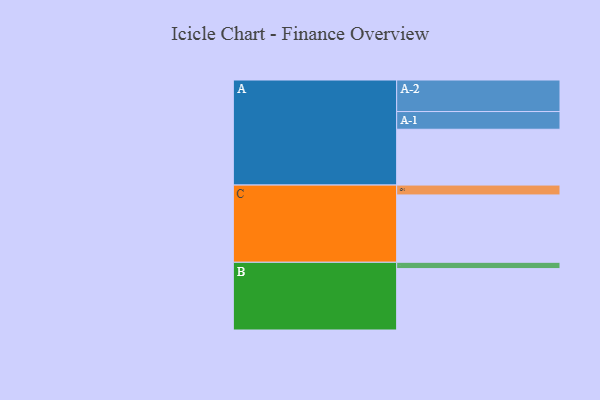
{"axis": {"x": "Segment", "y": "Value"}, "legend": ["", "A", "B", "C"], "data": [{"x": "A", "y": 469, "type": ""}, {"x": "B", "y": 516, "type": ""}, {"x": "C", "y": 566, "type": ""}, {"x": "A-1", "y": 149, "type": "A"}, {"x": "A-2", "y": 265, "type": "A"}, {"x": "B-1", "y": 53, "type": "B"}, {"x": "C-1", "y": 83, "type": "C"}]}